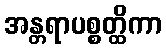
အန္တရာပစ္စတ္ထိကာ